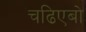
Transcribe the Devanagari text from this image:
चढिएबो